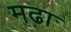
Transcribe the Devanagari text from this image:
मढा